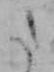
た